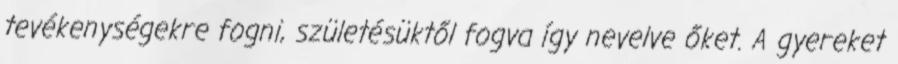
tevékenységekre fogni, születésüktől fogva így nevelve őket. A gyereket